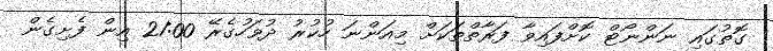
ގޮތުގައި ނަންނޯޓް ކޮށްފައިވާ ފަރާތްތަކަށް މިއަންނަ ހުކުރު ދުވަހުގެރޭ 21:00 އިން ފެށިގެން